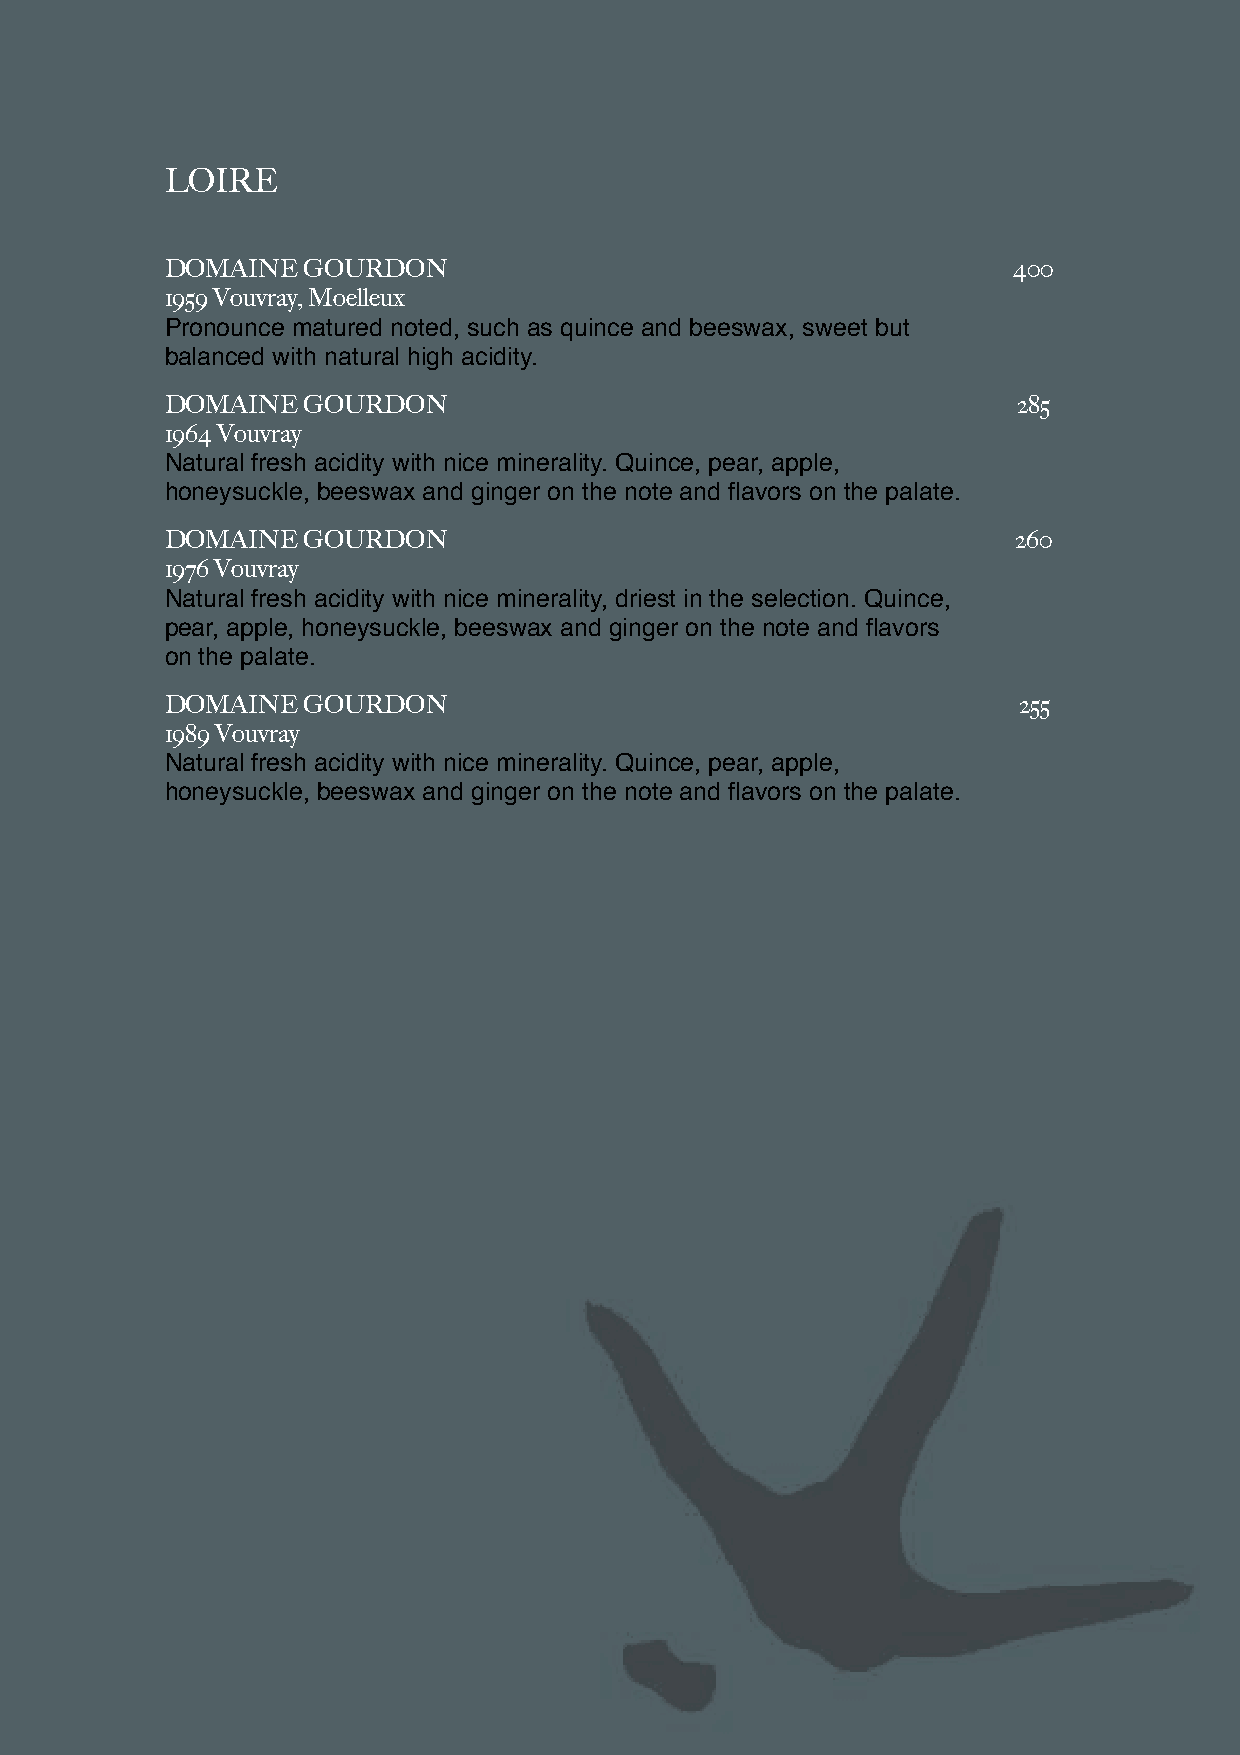
LOIRE
 DOMAINE  GOURDON                                        400
 1959 Vouvray, Moelleux
 Pronounce matured noted, such as quince and beeswax, sweet but
 balanced with natural high acidity.
 DOMAINE  GOURDON                                        285
 1964 Vouvray
 Natural fresh acidity with nice minerality. Quince, pear, apple,
 honeysuckle, beeswax and ginger on the note and flavors on the palate.
 DOMAINE  GOURDON                                        260
 1976 Vouvray
 Natural fresh acidity with nice minerality, driest in the selection. Quince,
 pear, apple, honeysuckle, beeswax and ginger on the note and flavors
 on the palate.
 DOMAINE  GOURDON                                        255
 1989 Vouvray
 Natural fresh acidity with nice minerality. Quince, pear, apple,
 honeysuckle, beeswax and ginger on the note and flavors on the palate.